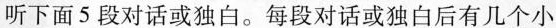
听下面5段对话或独白。每段对话或独白后有几个小